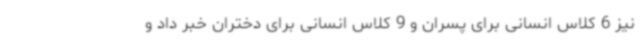
نیز 6 کلاس انسانی برای پسران و 9 کلاس انسانی برای دختران خبر داد و